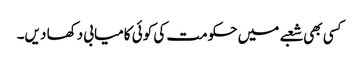
کسی بھی شعبے میں حکومت کی کوئی کامیابی دکھا دیں۔